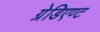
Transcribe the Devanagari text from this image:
ग्रेडिएण्ट